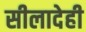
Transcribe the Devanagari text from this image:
सीलादेही